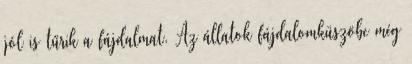
jól is tűrik a fájdalmat. Az állatok fájdalomküszöbe még